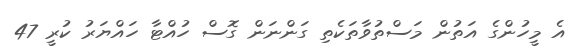
އެ މީހުންގެ އަތުން މަސްތުވާތަކެތި ގަންނަން ގޮސް ހުއްޓާ ހައްޔަރު ކުރީ 47